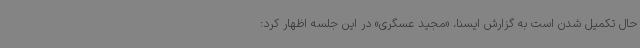
حال تکمیل شدن است به گزارش ایسنا، «مجید عسگری» در این جلسه اظهار کرد: